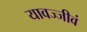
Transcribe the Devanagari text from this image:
यावज्जीवं